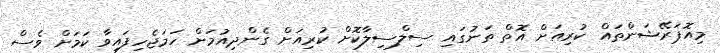
މިއޮޕަރޭޝަންތައް ކުރިއަށް އޮތް ތަނުގައި ސިލްސިލާކޮށް ކުރިއަށް ގެންދިއުމަށް ހަމަޖެހިފައިވާ ކަމަށް ވެސް